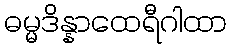
ဓမ္မဒိန္နာထေရီဂါထာ